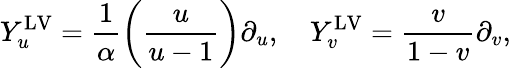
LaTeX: Y_{u}^{\mathrm{LV}}=\frac{1}{\alpha}\left(\frac{u}{u-1}\right)\partial_{u},\quad Y_{v}^{\mathrm{LV}}=\frac{v}{1-v}\partial_{v},